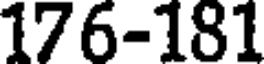
176-181